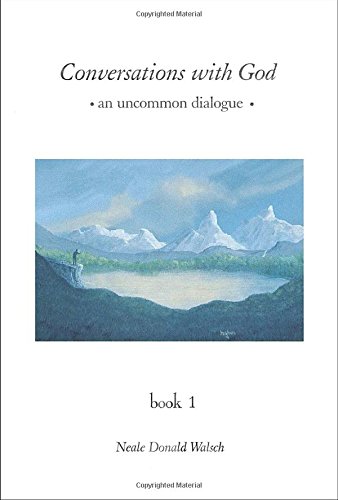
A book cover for Conversations with God: An Uncommon Dialogue, Book 1; Neale Donald Walsch; Religion & Spirituality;